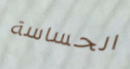
الحساسة